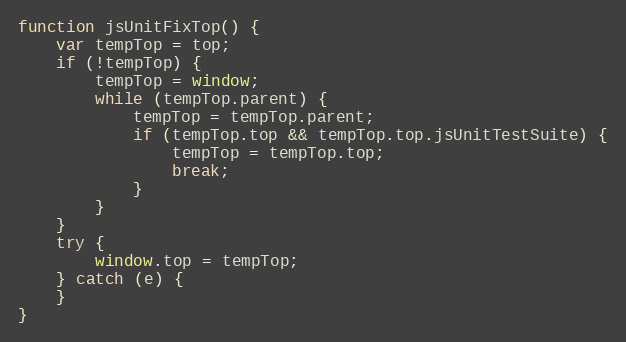
Language: JavaScript
function jsUnitFixTop() {
    var tempTop = top;
    if (!tempTop) {
        tempTop = window;
        while (tempTop.parent) {
            tempTop = tempTop.parent;
            if (tempTop.top && tempTop.top.jsUnitTestSuite) {
                tempTop = tempTop.top;
                break;
            }
        }
    }
    try {
        window.top = tempTop;
    } catch (e) {
    }
}